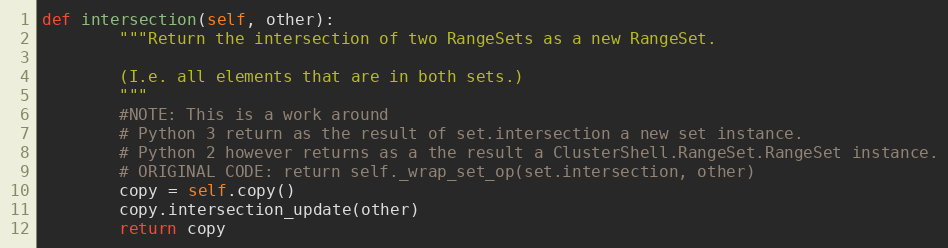
Language: Python
def intersection(self, other):
        """Return the intersection of two RangeSets as a new RangeSet.

        (I.e. all elements that are in both sets.)
        """
        #NOTE: This is a work around
        # Python 3 return as the result of set.intersection a new set instance.
        # Python 2 however returns as a the result a ClusterShell.RangeSet.RangeSet instance.
        # ORIGINAL CODE: return self._wrap_set_op(set.intersection, other)
        copy = self.copy()
        copy.intersection_update(other)
        return copy